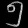
Digit: ၅